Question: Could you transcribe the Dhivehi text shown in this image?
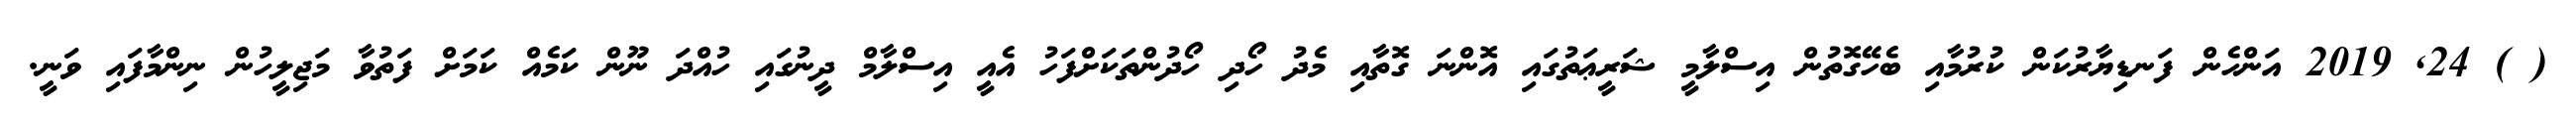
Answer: ( ) 24, 2019 އަންހެން ފަނޑިޔާރުކަން ކުރުމާއި ބެހޭގޮތުން އިސްލާމީ ޝަރީޢަތުގައި އޮންނަ ގޮތާއި މެދު ހޯދި ހޯދުންތަކަށްފަހު އެއީ އިސްލާމް ދީނުގައި ހުއްދަ ނޫން ކަމެއް ކަމަށް ފަތުވާ މަޖިލީހުން ނިންމާފައި ވަނީ.